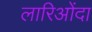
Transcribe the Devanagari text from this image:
लारिओंदा